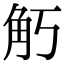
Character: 𧢵